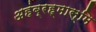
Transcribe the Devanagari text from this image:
अहंब्रह्मास्मि